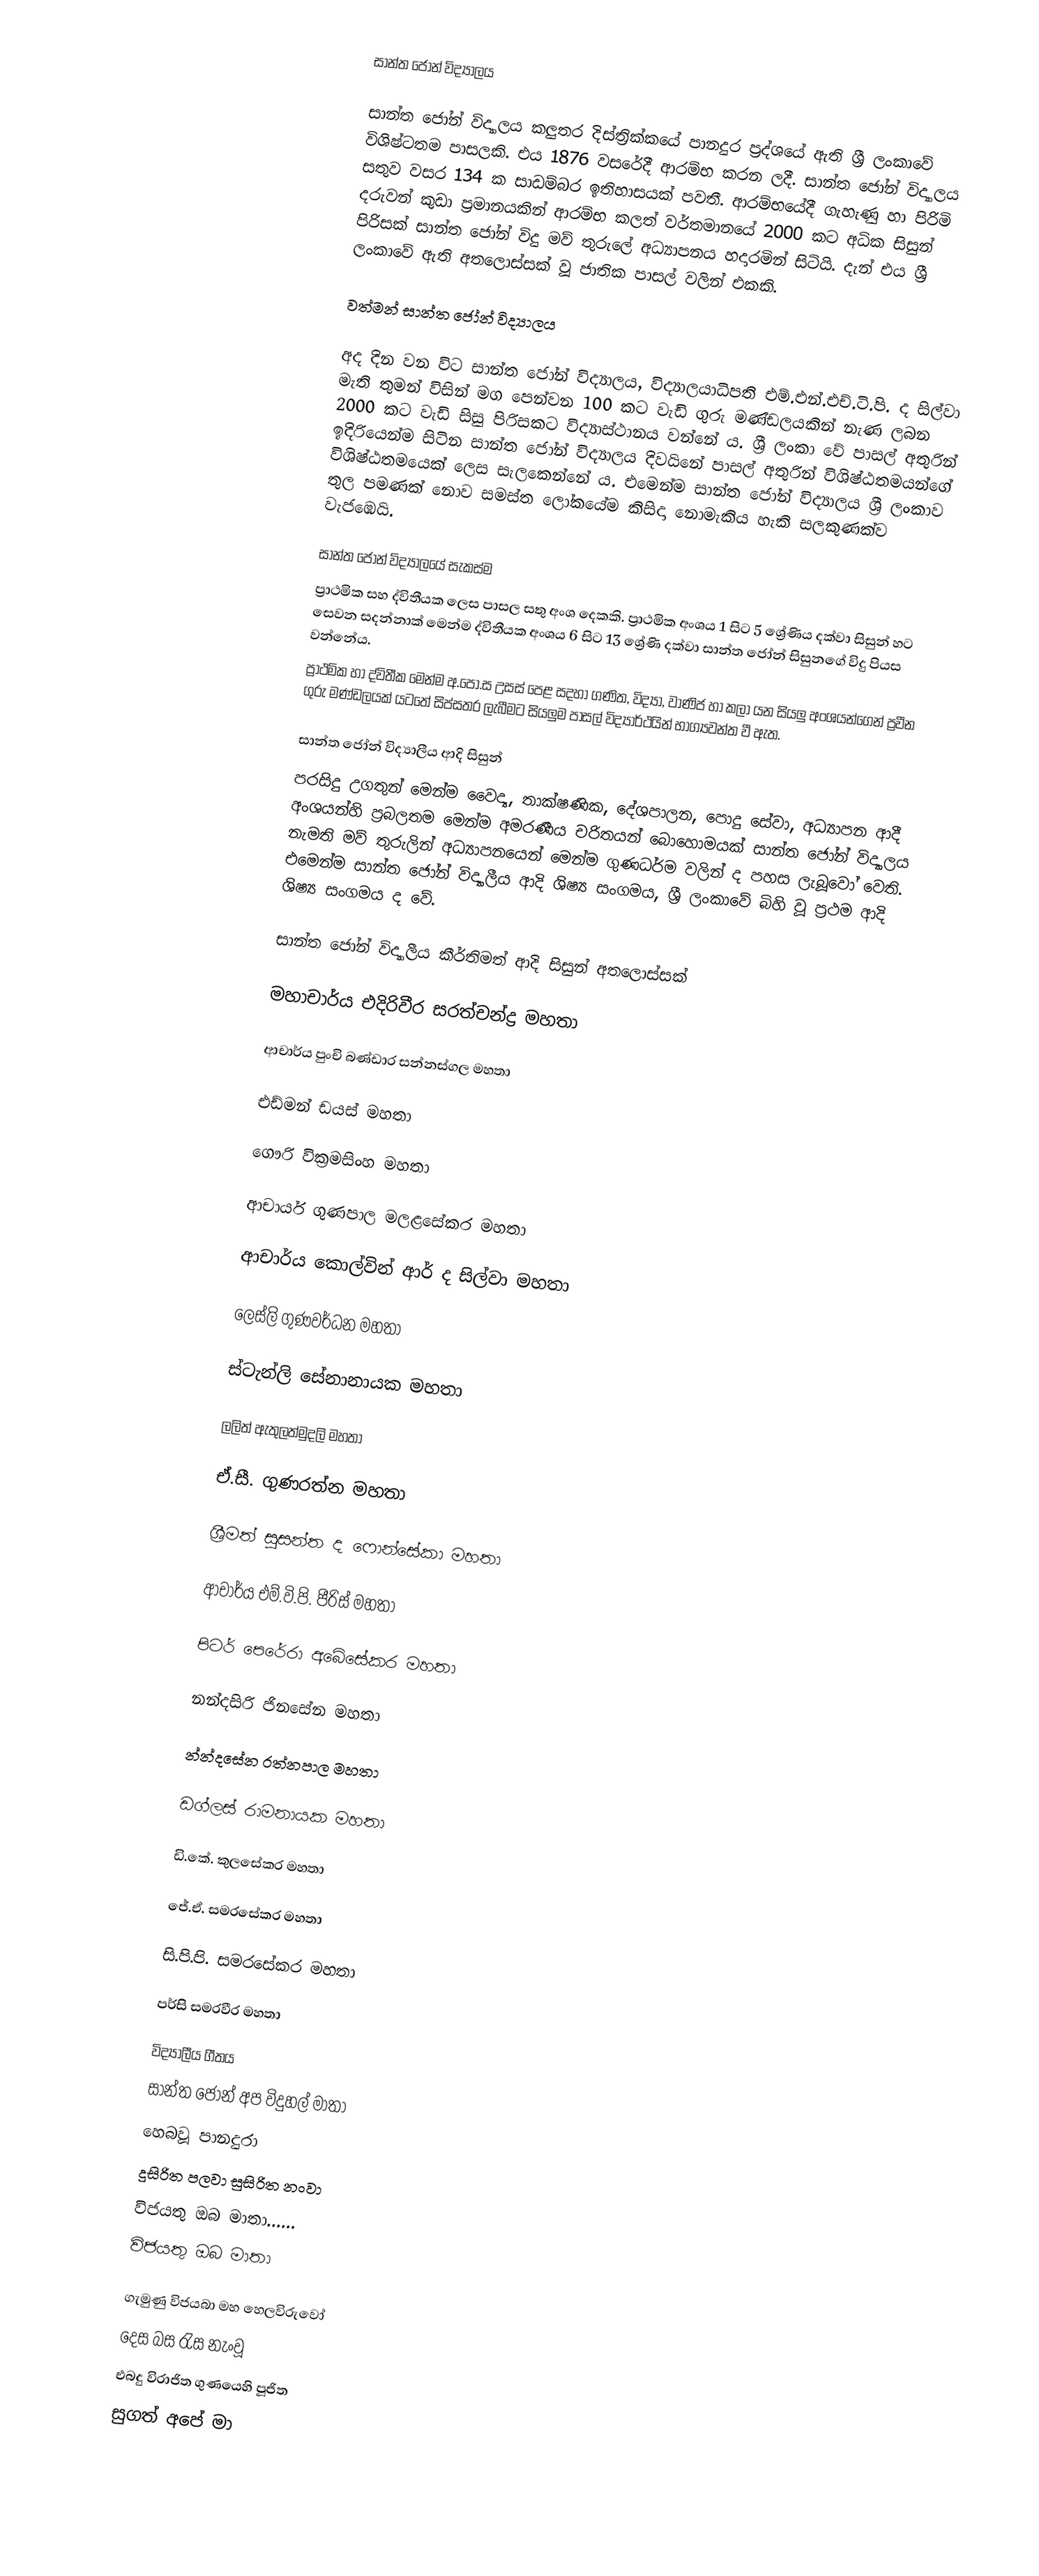

සාන්ත ජෝන් විද්‍යාලය

සාන්ත ජෝන් විද්‍යාලය කලුතර දිස්ත්‍රික්කයේ පානදුර ප්‍රද්ශයේ ඇති ශ්‍රී ලංකාවේ විශිෂ්ටතම පාසලකි. එය 1876 වසරේදී ආරම්භ කරන ලදී. සාන්ත ජෝන් විද්‍යාලය සතුව වසර 134 ක සාඩම්බර ඉතිහාසයක් පවතී. ආරම්භයේදී ගැහැණු හා පිරිමි දරුවන් කුඩා ප්‍රමානයකින් ආරම්භ කලත් වර්තමානයේ 2000 කට අධික සිසුන් පිරිසක් සාන්ත ජෝන් විදු මව් තුරුලේ අධ්‍යාපනය හදාරමින් සිටියි. දැන් එය ශ්‍රී ලංකාවේ ඇති අතලොස්සක් වූ ජාතික පාසල් වලින් එකකි.

වත්මන් සාන්ත ජෝන් විද්‍යාලය

අද දින වන විට සාන්ත ජෝන් විද්‍යාලය, විද්‍යාලයාධිපති එම්.එන්.එච්.ටි.පි. ද සිල්වා මැති තුමන් විසින් මග පෙන්වන 100 කට වැඩි ගුරු මණ්ඩලයකින් නැණ ලබන 2000 කට වැඩි සිසු පිරිසකට විද්‍යාස්ථානය වන්නේ ය. ශ්‍රී ලංකා වේ පාසල් අතුරින් ඉදිරියෙන්ම සිටින සාන්ත ජෝන් විද්‍යාලය දිවයිනේ පාසල් අතුරින් විශිෂ්ඨතමයන්ගේ විශිෂ්ඨතමයෙක් ලෙස සැලකෙන්නේ ය. එමෙන්ම සාන්ත ජෝන් විද්‍යාලය ශ්‍රී ලංකාව තුල පමණක් නොව සමස්ත ලෝකයේම කිසිදා නොමැකිය හැකි සලකුණක්ව වැජඹෙයි.

සාන්ත ජෝන් විද්‍යාලයේ සැකස්ම
ප්‍රාථමික සහ ද්විතීයක ලෙස පාසල සතු අංශ දෙකකි. ප්‍රාථමික අංශය 1 සිට 5 ශ්‍රේණිය දක්වා සිසුන් හට සෙවන සදන්නාක් මෙන්ම ද්විතීයක අංශය 6 සිට 13 ශ්‍රේණි දක්වා සාන්ත ජෝන් සිසුනගේ විදු පියස වන්නේය.
ප්‍රාථමික හා ද්විතීක මෙන්ම අ.පො.ස උසස් පෙළ සදහා ගණිත, විද්‍යා, වාණිජ හා කලා යන සියලු අංශයන්ගෙන් ප්‍රවීන ගුරු මණ්ඩලයක් යටතේ සිප්සතර ලැබීමට සියලුම පාසල් විද්‍යාර්ථයින් භාග්‍යවන්ත වී ඇත.

සාන්ත ජෝන් විද්‍යාලීය ආදි සිසුන්
පරසිදු උගතුන් මෙන්ම වෛද්‍ය, තාක්ෂණික, දේශපාලන, පොදු සේවා, අධ්‍යාපන ආදී අංශයන්හි ප්‍රබලතම මෙන්ම අමරණීය චරිතයන් බොහොමයක් සාන්ත ජෝන් විද්‍යාලය නැමති මව් තුරුලින් අධ්‍යාපන‍යෙන් මෙන්ම ගුණධර්ම වලින් ද පහස ලැබූවෝ වෙති. එමෙන්ම සාන්ත ජෝන් විද්‍යාලීය ආදි ශිෂ්‍ය සංගමය, ශ්‍රී ලංකාවේ බිහි වූ ප්‍රථම ආදි ශිෂ්‍ය සංගමය ද වේ.

සාන්ත ජෝන් විද්‍යාලීය කීර්තිමත් ආදි සිසුන් අතලොස්සක්

මහාචාර්ය එදිරිවීර සරත්චන්ද්‍ර මහතා

ආචාර්ය පුංචි බණ්ඩාර සන්නස්ගල මහතා

එඩ්මන් ඩයස් මහතා

ගෞරි වික්‍රමසිංහ මහතා

ආචාර්ය ගුණපාල මලළසේකර මහතා

ආචාර්ය කොල්වින් ආර් ද සිල්වා මහතා

ලෙස්ලි ගුණවර්ධන මහතා

ස්ටැන්ලි සේනානායක මහතා

ලලිත් ඇතුලත්මුදලි මහතා

ඒ.සී. ගුණරත්න මහතා

ශ්‍රීමත් සුසන්ත ද ෆොන්සේකා මහතා

ආචාර්ය එම්.වි.පි. පීරිස් මහතා

පිටර් පෙරේරා අබේසේකර මහතා

නන්දසිරි ජිනසේන මහතා

න්න්දසේන රත්නපාල මහතා

ඩග්ලස් රාමනායක මහතා

ඩි.කේ. කුලසේකර මහතා

ජේ.ඒ. සමරසේකර මහතා

සි.පි.පි. සමරසේකර මහතා

පර්සි සමරවීර මහතා

විද්‍යාලීය ගීතය
සාන්ත ජෝන් අප විදුහල් මාතා
හෙබවූ පානදුරා
දුසිරිත පලවා සුසිරිත නංවා
විජයතු ඔබ මාතා......
විජයතු ඔබ මාතා

ගැමුණු විජයබා මහ හෙලවිරුවෝ
දෙස බස රැස නැංවූ
එබදු විරාජිත ගුණයෙහි පූජිත
සුගත් අපේ මා